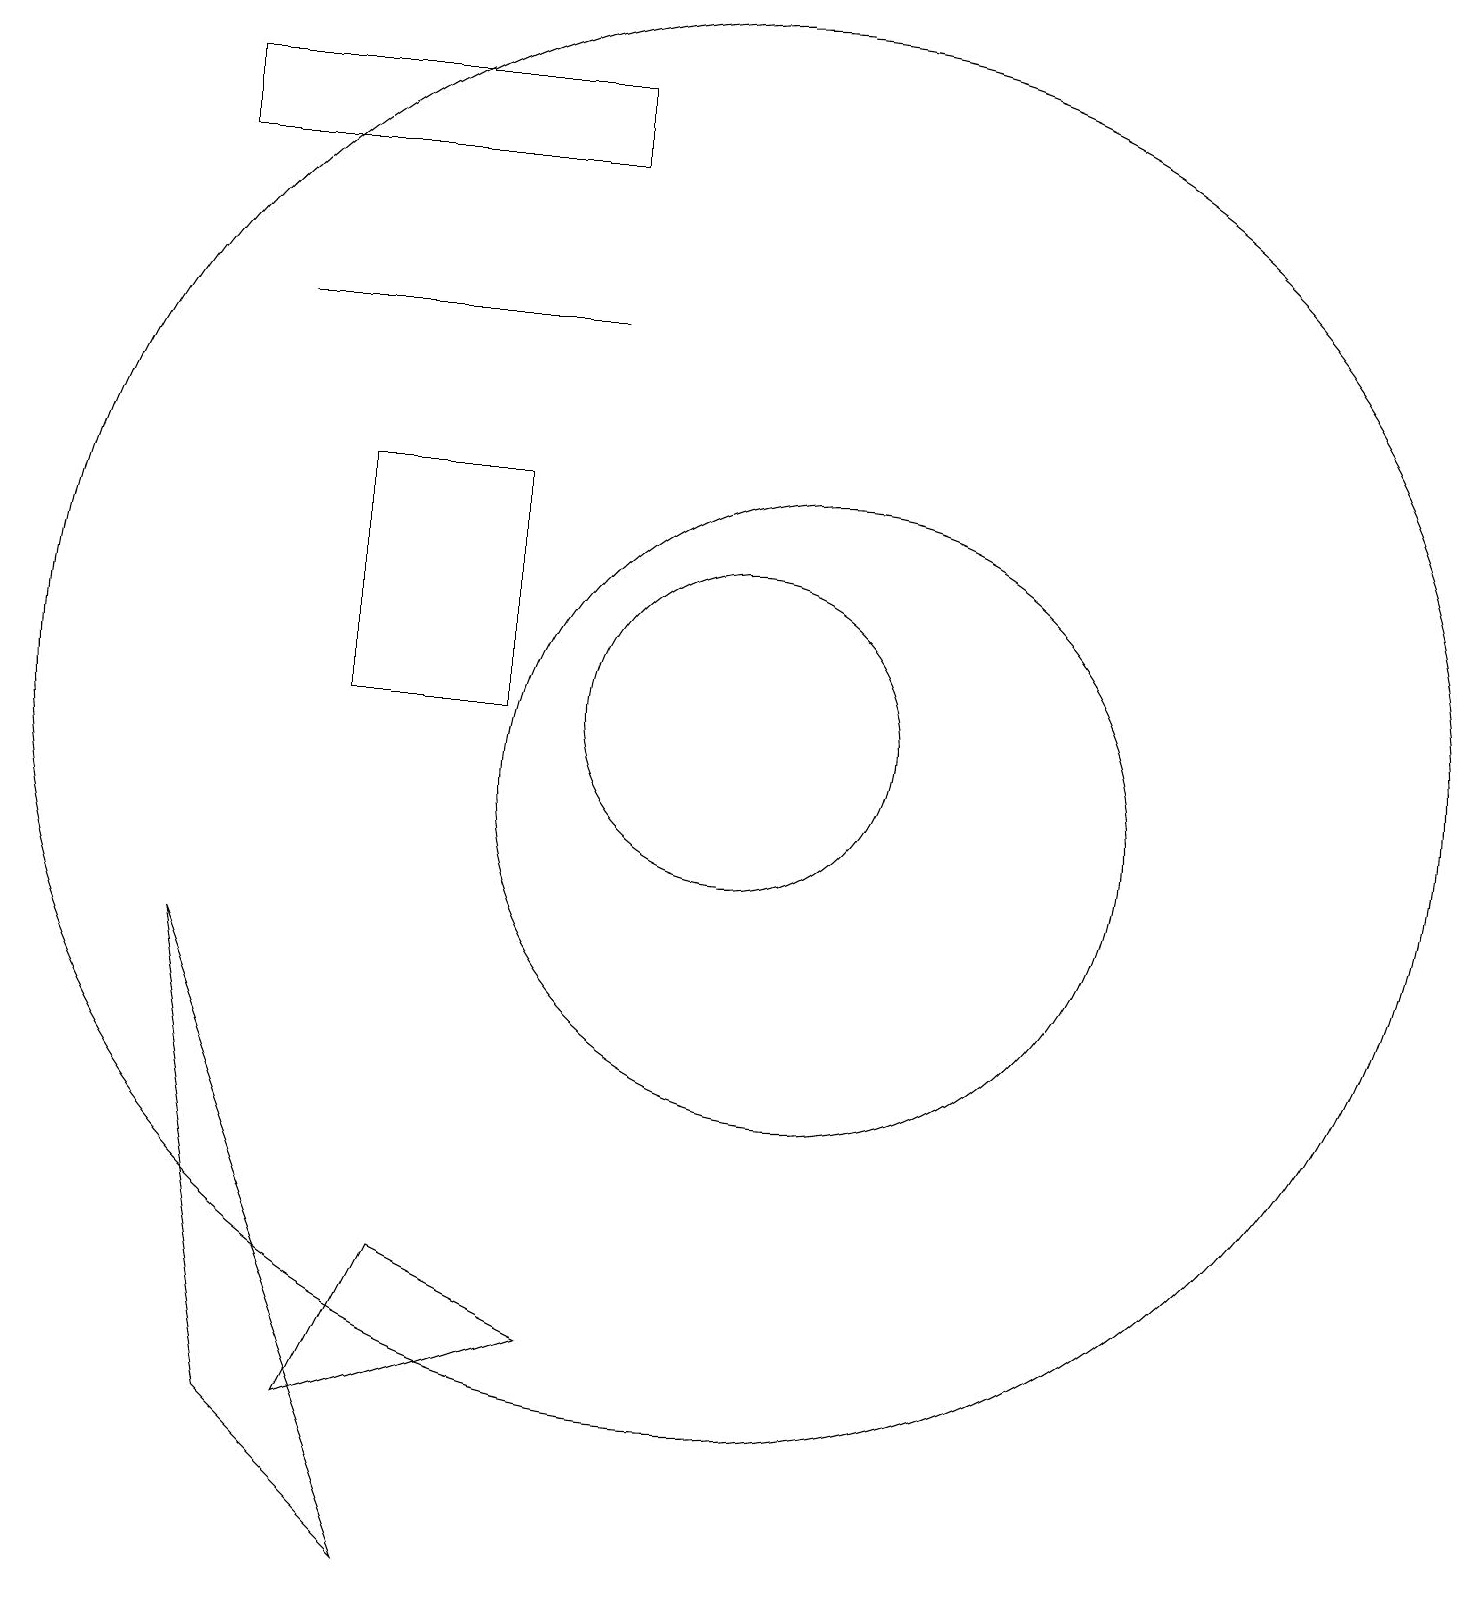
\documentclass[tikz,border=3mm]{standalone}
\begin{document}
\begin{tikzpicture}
\draw (10,11) circle (2);
\draw (5,11) rectangle (7,14);
\draw (8,16) rectangle (4,16);
\draw (8,3) -- (6,4) -- (5,2) -- cycle;
\draw (6,0) -- (3,8) -- (4,2) -- cycle;
\draw (11,10) circle (4);
\draw (8,19) rectangle (3,18);
\draw (10,11) circle (9);
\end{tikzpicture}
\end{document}